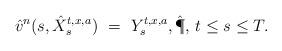
LaTeX: \begin{align*}\hat v^n(s,\hat X_s^{t,x,a}) \ = \ Y_s^{t,x,a}, \hat\P,\,t\leq s\leq T.\end{align*}